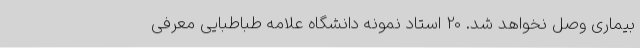
بیماری وصل نخواهد شد. 20 استاد نمونه دانشگاه علامه طباطبایی معرفی